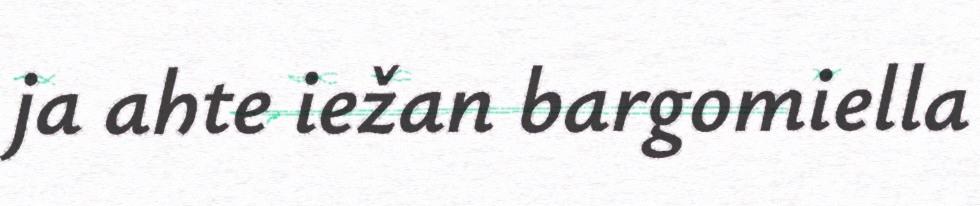
ja ahte iežan bargomiella